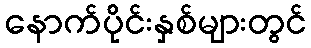
နောက်ပိုင်းနှစ်များတွင်